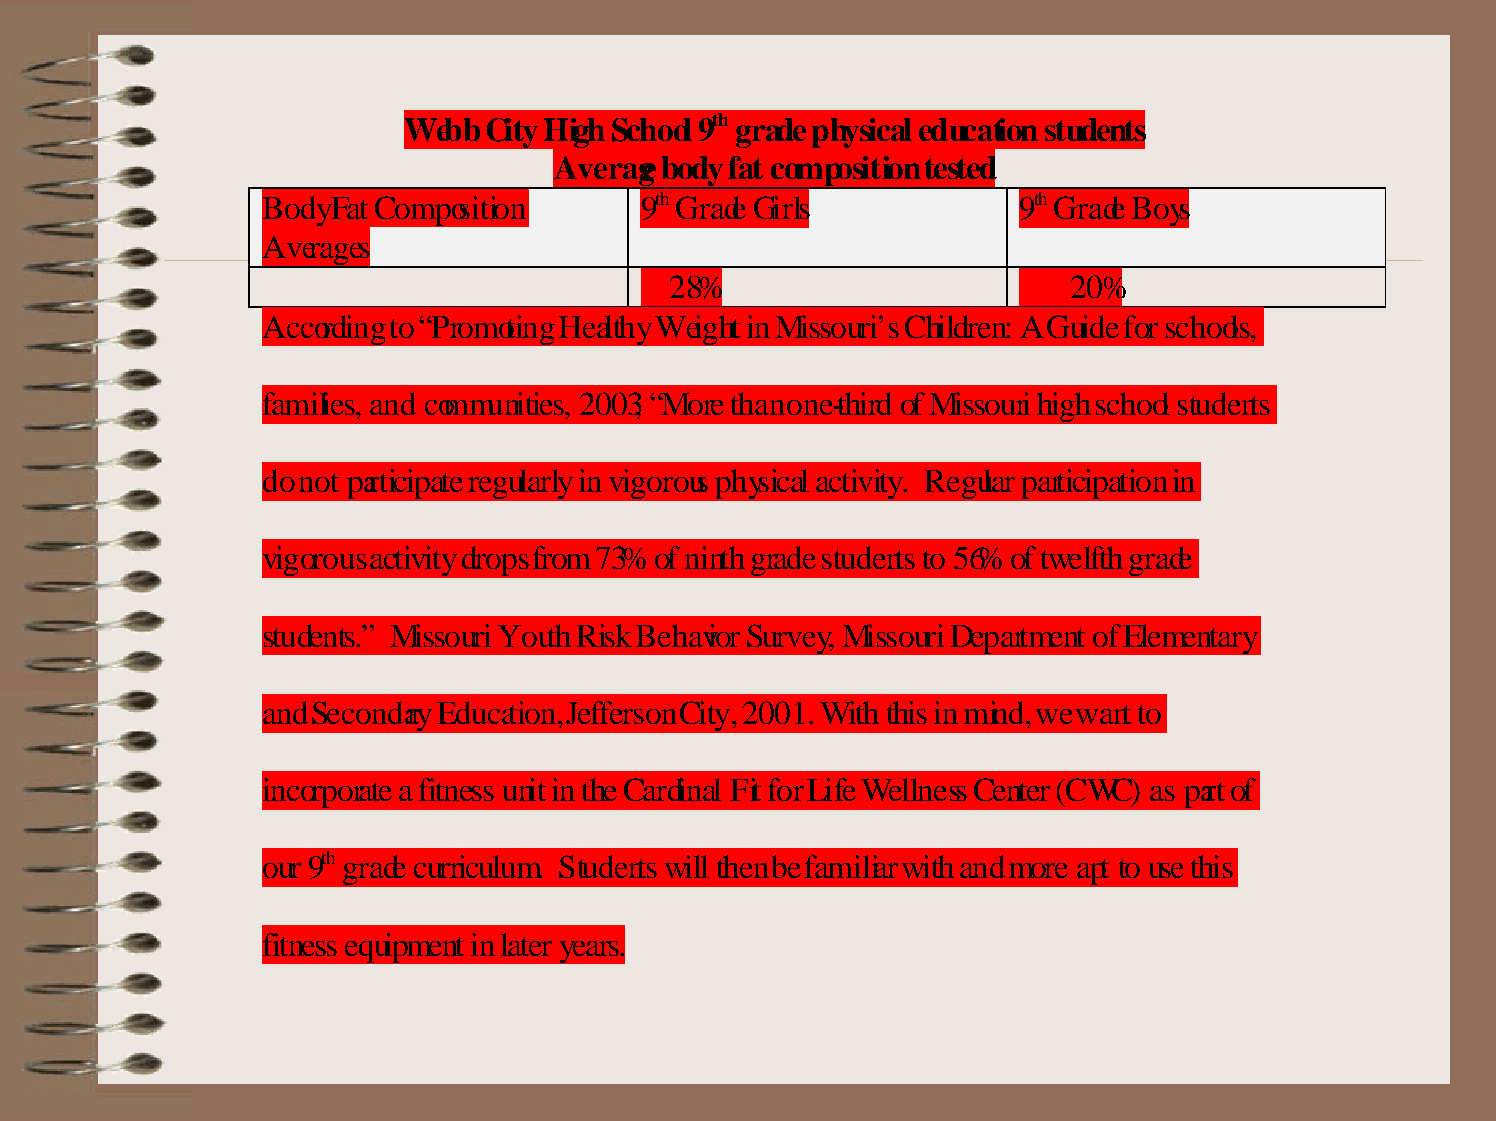
Webb City High School 9th grade physical education students
 Average body fat composition tested
 Body Fat Composition      9th Grade Girls          9th Grade Boys
 Averages
 28%                        20%
 According to “Promoting Healthy Weight in Missouri’s Children: A Guide for schools,
 families, and communities, 2003, “More than one-third of Missouri high school students
 do not participate regularly in vigorous physical activity. Regular participation in
 vigorous activity drops from 73% of ninth grade students to 56% of twelfth grade
 students.” Missouri Youth Risk Behavior Survey, Missouri Department of Elementary
 and Secondary Education, Jefferson City, 2001 . With this in mind, we want to
 incorporate a fitness unit in the Cardinal Fit for Life Wellness Center (CWC) as part of
 our 9th grade curriculum. Students will then be familiar with and more apt to use this
 fitness equipment in later years.